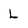
Character: L